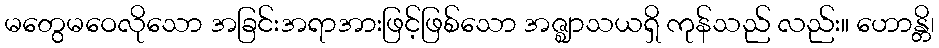
မတွေမဝေလိုသော အခြင်းအရာအားဖြင့်ဖြစ်သော အဇ္ဈာသယရှိ ကုန်သည် လည်း။ ဟောန္တိ၊